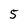
Character: 5